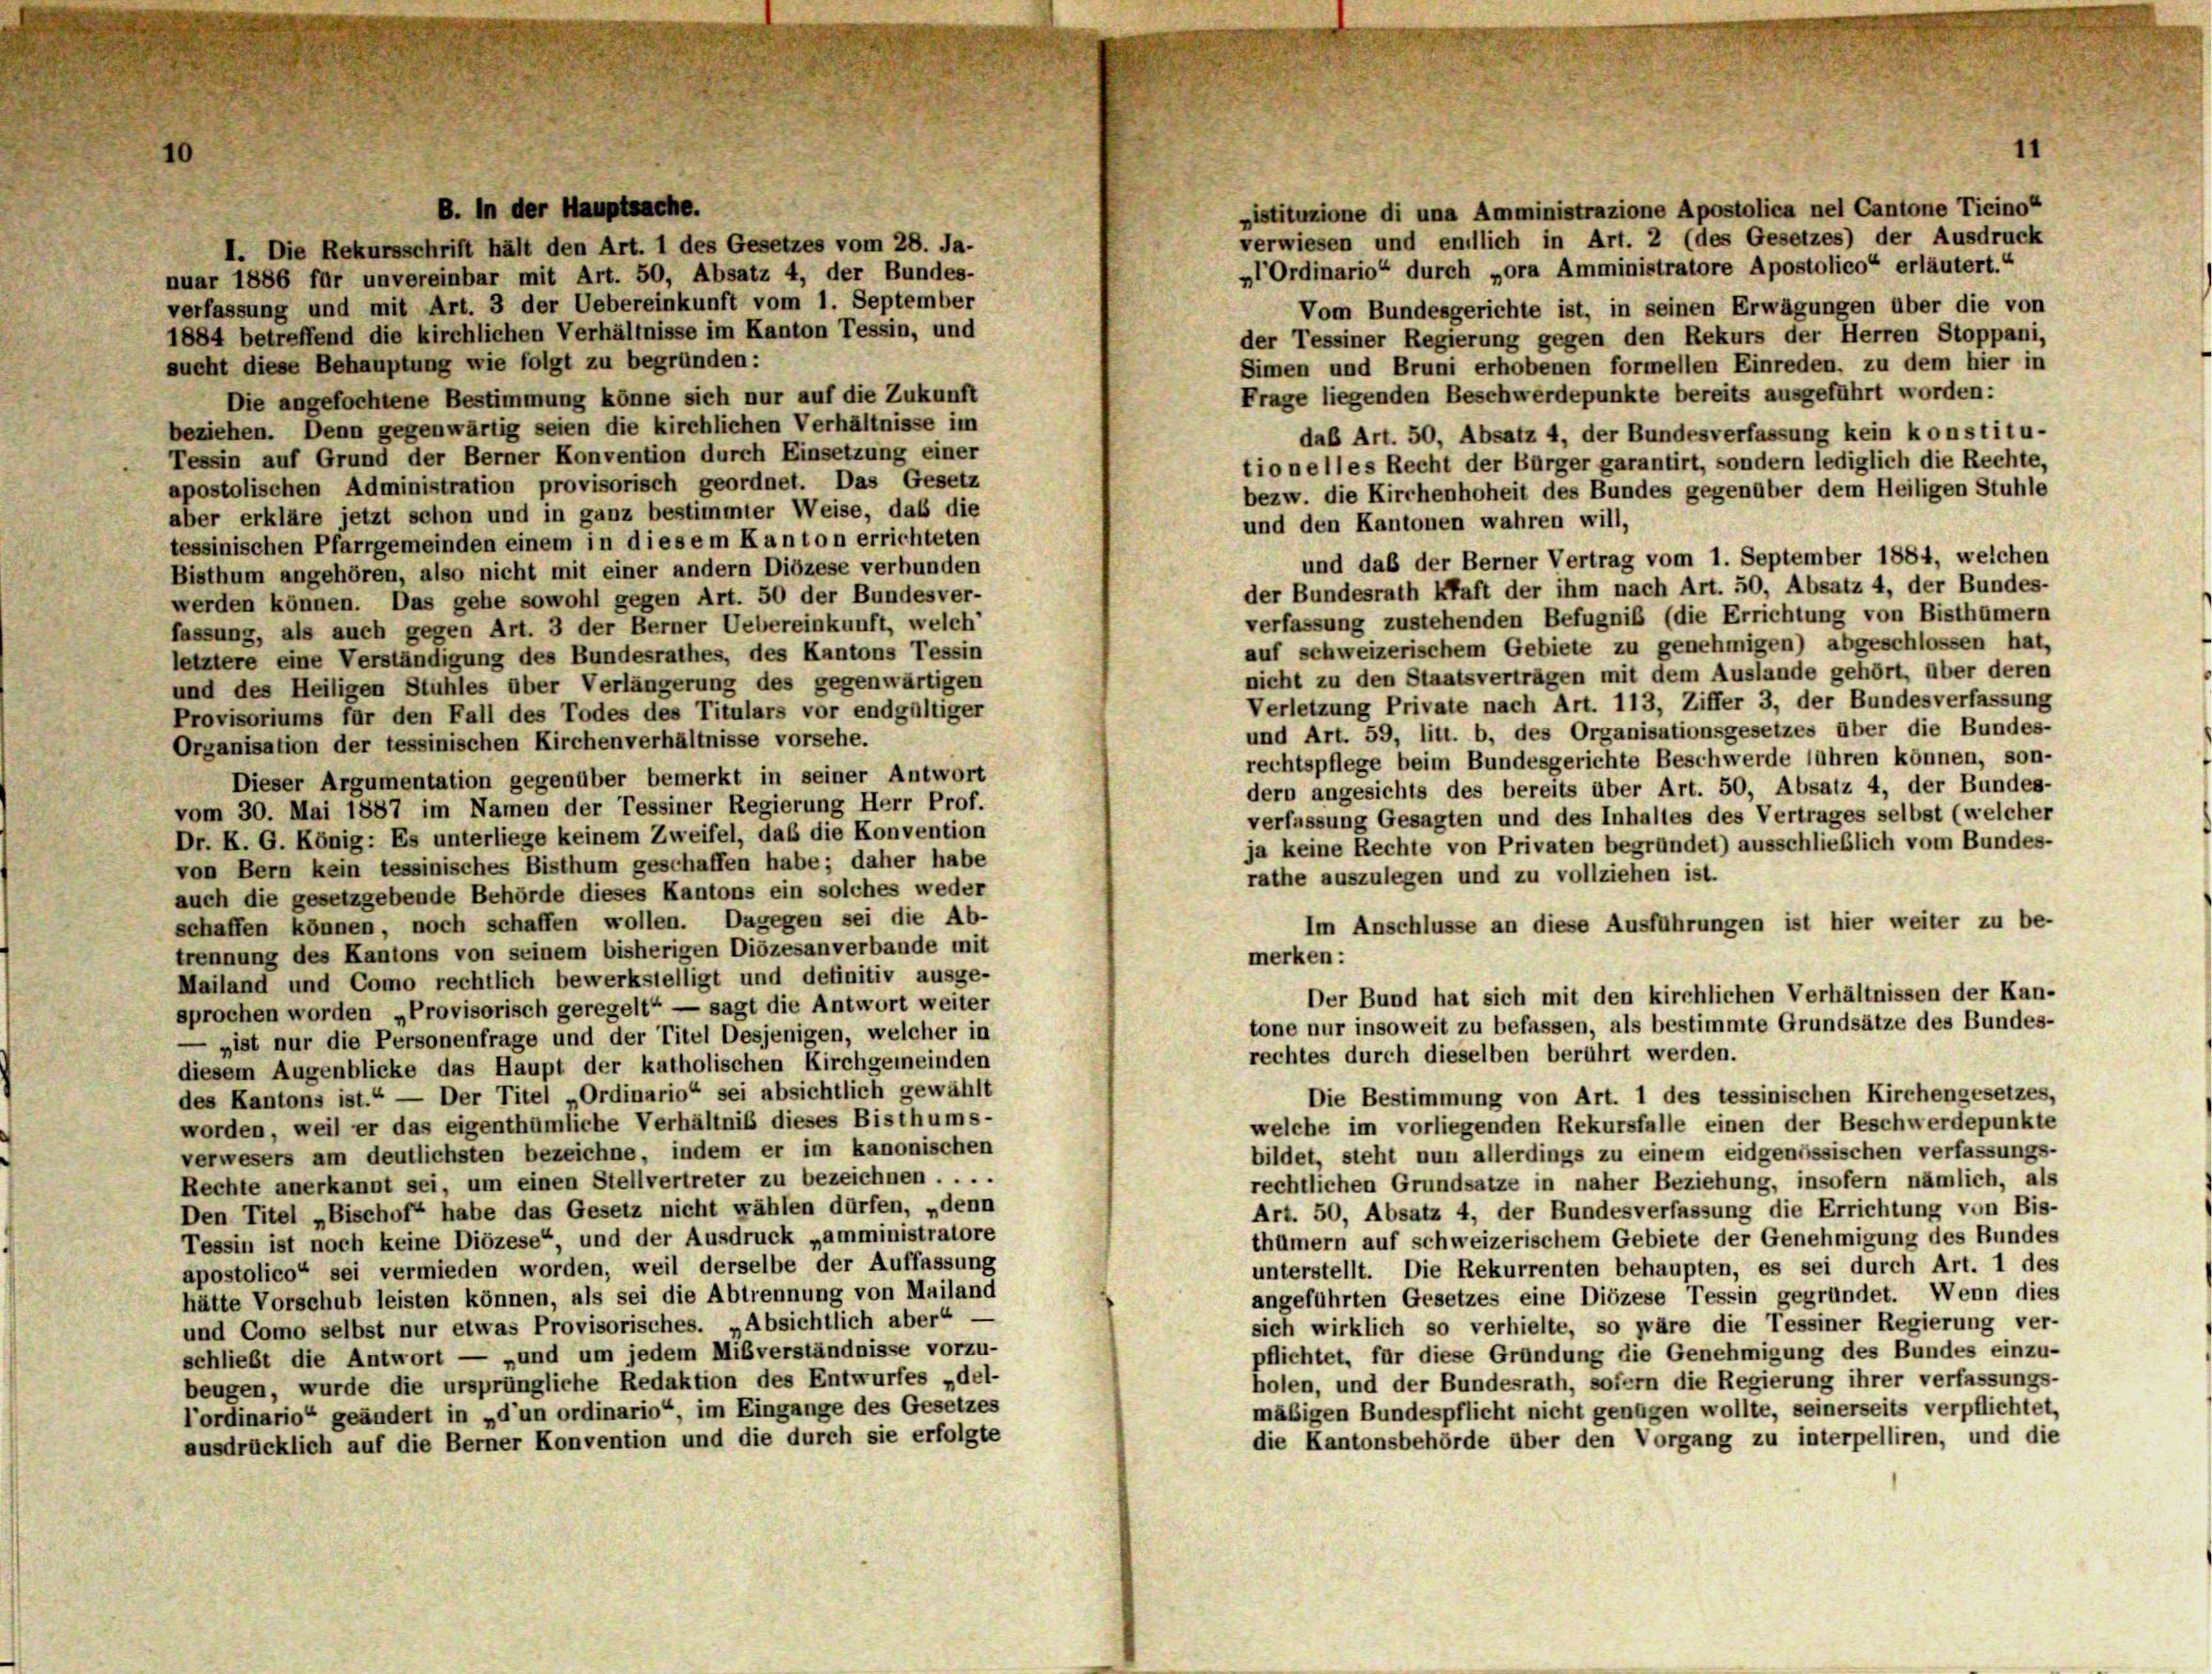
B. In der Hauptsache.

istituzione di una Amministrazione Apostolica nel Cantone Ticino“
verwiesen und endlich in Art. 2 (des Gesetzes) der Ausdruck
I. Die Rekursschrift hält den Art. 1 des Gesetzes vom 28. Ja-
„Ordinario“ durch „ora Amministratore Apostolico“ erläutert.“
nuar 1886 für unvereinbar mit Art. 50, Absatz 4, der Bundes-
verfassung und mit Art. 3 der Uebereinkunft vom 1. September
Vom Bundesgerichte ist, in seinen Erwägungen über die von
1884 betreffend die kirchlichen Verhältnisse im Kanton Tessin, und
der Tessiner Regierung gegen den Rekurs der Herren Stoppani,
sucht diese Behauptung wie folgt zu begründen:
Simen und Bruni erhobenen formellen Einreden, zu dem hier in
Frage liegenden Beschwerdepunkte bereits ausgeführt worden:
Die angefochtene Bestimmung könne sich nur auf die Zukunft
beziehen. Denn gegenwärtig seien die kirchlichen Verhältnisse im
daß Art. 50, Absatz 4, der Bundesverfassung kein konstitu-
Tessin auf Grund der Berner Konvention durch Einsetzung einer
tio nelles Recht der Bürger garantirt, sondern lediglich die Rechte,
apostolischen Administration provisorisch geordnet. Das Gesetz
bezw. die Kirchenhoheit des Bundes gegenüber dem Heiligen Stuhle
aber erkläre jetzt schon und in ganz bestimmter Weise, daß die
und den Kantonen wahren will,
tessinischen Pfarrgemeinden einem in diesem Kanton errichteten
und daß der Berner Vertrag vom 1. September 1884, welchen
Bisthum angehören, also nicht mit einer andern Diözese verbunden
der Bundesrath kraft der ihm nach Art. 50, Absatz 4, der Bundes-
werden können. Das gehe sowohl gegen Art. 50 der Bundesver-
verfassung zustehenden Befugnis (die Errichtung von Bisthümern
fassung, als auch gegen Art. 3 der Berner Uebereinkunft, welch’
auf schweizerischem Gebiete zu genehmigen) abgeschlossen hat,
letztere eine Verständigung des Bundesrathes, des Kantons Tessin
nicht zu den Staatsverträgen mit dem Auslande gehört, über deren
und des Heiligen Stuhles über Verlängerung des gegenwärtigen
Verletzung Private nach Art. 113, Ziffer 3, der Bundesverfassung
Provisoriums für den Fall des Todes des Titulars vor endgültiger
und Art. 59, litt. b, des Organisationsgesetzes über die Bundes-
Organisation der tessinischen Kirchenverhältnisse vorsehe.
rechtspflege beim Bundesgerichte Beschwerde führen können, son-
Dieser Argumentation gegenüber bemerkt in seiner Antwort
dern angesichts des bereits über Art. 50, Absatz 4, der Bundes-
vom 30. Mai 1887 im Namen der Tessiner Regierung Herr Prof.
verfassung Gesagten und des Inhaltes des Vertrages selbst (welcher
Dr. K. G. König: Es unterliege keinem Zweifel, daß die Konvention
ja keine Rechte von Privaten begründet) ausschließlich vom Bundes-
von Bern kein tessinisches Bisthum geschaffen habe; daher habe
rathe auszulegen und zu vollziehen ist.
auch die gesetzgebende Behörde dieses Kantons ein solches weder
schaffen können, noch schaffen wollen. Dagegen sei die Ab-
Im Anschlüsse an diese Ausführungen ist hier weiter zu be-
trennung des Kantons von seinem bisherigen Diözesanverbande mit
merken:
Mailand und Como rechtlich bewerkstelligt und definitiv ausge-
Der Bund hat sich mit den kirchlichen Verhältnissen der Kan-
sprochen worden „Provisorisch geregelt — sagt die Antwort weiter
tone nur insoweit zu befassen, als bestimmte Grundsätze des Bundes-
„ist nur die Personenfrage und der Titel Desjenigen, welcher in
rechtes durch dieselben berührt werden.
diesem Augenblicke das Haupt der katholischen Kirchgemeinden
des Kantons ist.“ — Der Titel „Ordinario“ sei absichtlich gewählt
Die Bestimmung von Art. 1 des tessinischen Kirchengesetzes,
worden, weil er das eigenthümliche Verhältnis dieses Bisthums-
welche im vorliegenden Rekursfalle einen der Beschwerdepunkte
verwesers am deutlichsten bezeichne, indem er im kanonischen
bildet, steht nun allerdings zu einem eidgenössischen verfassungs-
Rechte anerkannt sei, um einen Stellvertreter zu bezeichnen . . . .
rechtlichen Grundsätze in naher Beziehung, insofern nämlich, als
Den Titel „Bischof habe das Gesetz nicht wählen dürfen, „denn
Art. 50, Absatz 4, der Bundesverfassung die Errichtung von Bis-
thümern auf schweizerischem Gebiete der Genehmigung des Bundes
Tessin ist noch keine Diözese“ und der Ausdruck „amministratore
apostolico“ sei vermieden worden, weil derselbe der Auffassung
unterstellt. Die Rekurrenten behaupten, es sei durch Art. 1 des
angeführten Gesetzes eine Diözese Tessin gegründet. Wenn dies
hätte Vorschub leisten können, als sei die Abtrennung von Mailand
sich wirklich so verhielte, so wäre die Tessiner Regierung ver-
und Como selbst nur etwas Provisorisches. „Absichtlich aber“ —
pflichtet, für diese Gründung die Genehmigung des Bundes einzu-
schließt die Antwort — „und um jedem Mißverständnisse vorzu-
holen, und der Bundesrath, sofern die Regierung ihrer verfassungs-
beugen, wurde die ursprüngliche Redaktion des Entwurfes „del-
mäßigen Bundespflicht nicht genügen wollte, seinerseits verpflichtet
l’ordinario“ geändert in „d’un ordinario“, im Eingange des Gesetzes
die Kantonsbehörde über den Vorgang zu interpelliren, und die
ausdrücklich auf die Berner Konvention und die durch sie erfolgte

11